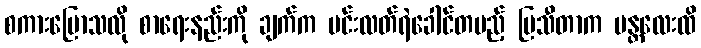
စကားပြောသလို စာရေးနည်းကို ချက်က မင်းလတ်ရဲခေါင်တပည့် မြသီတာက မန္တလေးထိ